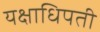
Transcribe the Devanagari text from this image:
यक्षाधिपती